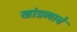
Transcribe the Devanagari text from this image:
खांडव्याचे